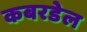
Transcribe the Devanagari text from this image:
कबरडेल